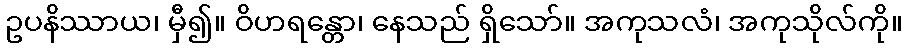
ဥပနိဿာယ၊ မှီ၍။ ဝိဟရန္တော၊ နေသည် ရှိသော်။ အကုသလံ၊ အကုသိုလ်ကို။